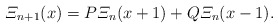
\begin{align*}\varXi_{n+1}(x) = P\varXi_n(x+1) + Q\varXi_n(x-1). \end{align*}